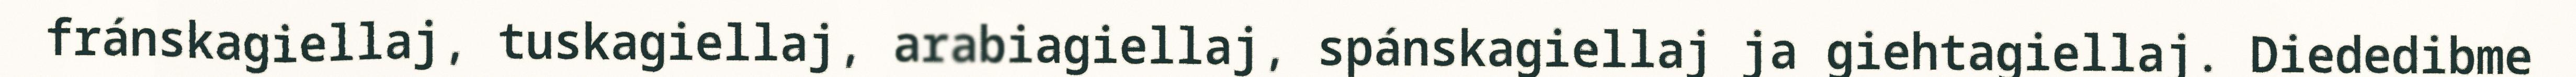
fránskagiellaj, tuskagiellaj, arabiagiellaj, spánskagiellaj ja giehtagiellaj. Diededibme